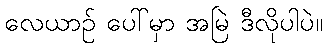
လေယာဉ် ပေါ်မှာ အမြဲ ဒီလိုပါပဲ။